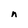
Character: n